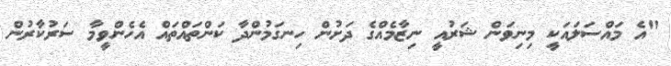
"އެ މައްސަލައަކީ މިނިވަން ޝަރުއީ ނިޒާމެއްގެ ދަށުން ހިނގަމުންދާ ކަންތައްތައް އެހެންވީމާ ސަރުކާރުން